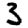
Digit: 3